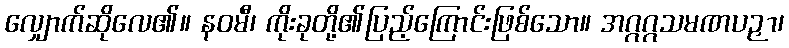
လျှောက်ဆိုလေ၏။ နဝမီ၊ ကိုးခုတို့၏ပြည့်ကြောင်းဖြစ်သော။ အဂ္ဂဂ္ဂသမဏပဉှာ၊